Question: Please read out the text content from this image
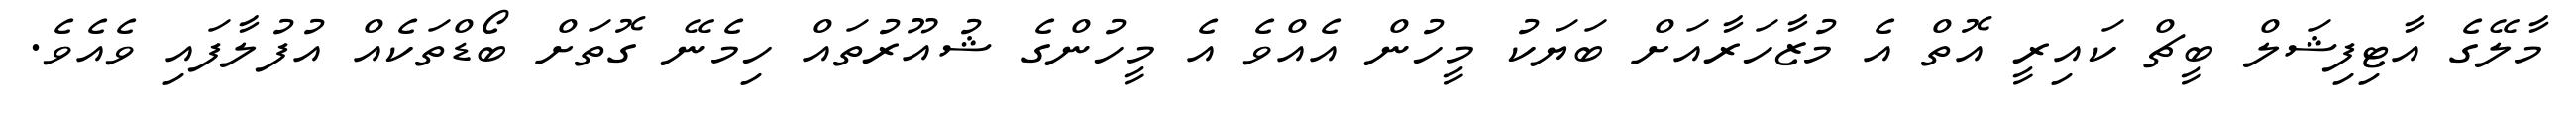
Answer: މާލޭގެ އާޓިފިޝަލް ބީޗް ކައިރީ އޮތް އެ މުޒާހަރާއަށް ބަޔަކު މީހުން އެއްވެ އެ މީހުންގެ ޝުއޫރުތައް ހިމެނޭ ގޮތަށް ބޯޑްތަކެއް އުފުލާފައި ވެއެވެ.